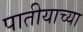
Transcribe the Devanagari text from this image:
पातीयाच्या